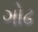
ગોઢ